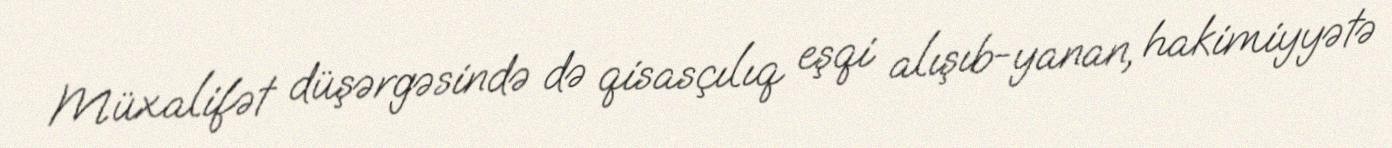
Müxalifət düşərgəsində də qisasçılıq eşqi alışıb-yanan, hakimiyyətə